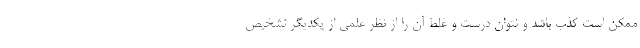
ممکن است کذب باشد و نتوان درست و غلط آن را از نظر علمی از یکدیگر تشخیص